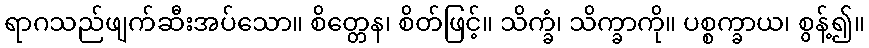
ရာဂသည်ဖျက်ဆီးအပ်သော။ စိတ္တေန၊ စိတ်ဖြင့်။ သိက္ခံ၊ သိက္ခာကို။ ပစ္စက္ခာယ၊ စွန့်၍။